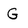
Character: G